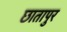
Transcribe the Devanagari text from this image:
छातापुर